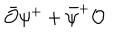
\bar { \mathcal O } \psi ^ { + } + \bar { \psi } ^ { + } { \mathcal O }